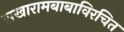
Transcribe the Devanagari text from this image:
सखारामबाबाविरचित